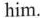
him.